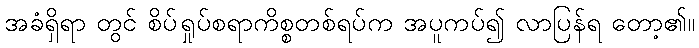
အခံရှိရာ တွင် စိပ်ရှုပ်စရာကိစ္စတစ်ရပ်က အပူကပ်၍ လာပြန်ရ တော့၏။